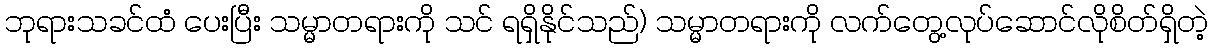
ဘုရားသခင်ထံ ပေးပြီး သမ္မာတရားကို သင် ရရှိနိုင်သည်) သမ္မာတရားကို လက်တွေ့လုပ်ဆောင်လိုစိတ်ရှိတဲ့